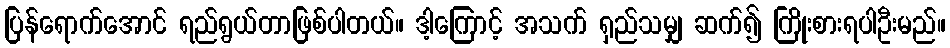
ပြန်ရောက်အောင် ရည်ရွယ်တာဖြစ်ပါတယ်။ ဒါ့ကြောင့် အသက် ရှည်သမျှ ဆက်၍ ကြိုးစားရပါဦးမည်။